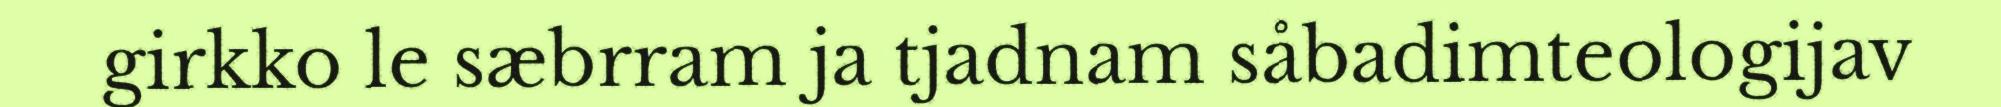
girkko le sæbrram ja tjadnam såbadimteologijav